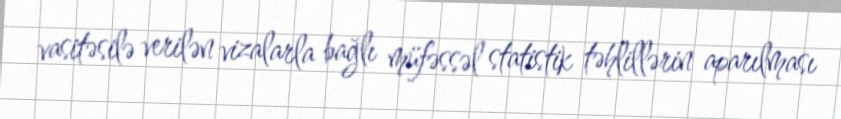
vasitəsilə verilən vizalarla bağlı müfəssəl statistik təhlillərin aparılması